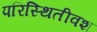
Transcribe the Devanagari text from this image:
परिस्थितीवश